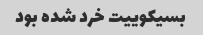
بسیکوییت خرد شده بود